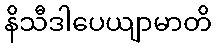
နိသီဒါပေယျာမာတိ